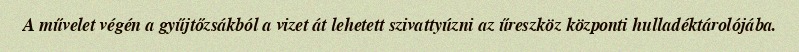
A művelet végén a gyűjtőzsákból a vizet át lehetett szivattyúzni az űreszköz központi hulladéktárolójába.